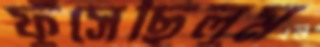
ফুঁসেছিলুম